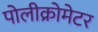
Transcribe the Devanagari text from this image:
पोलीक्रोमेटर